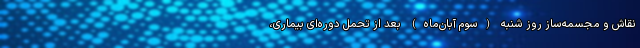
نقاش و مجسمه‌ساز روز شنبه (سوم آبان‌ماه) بعد از تحمل دوره‌ای بیماری،